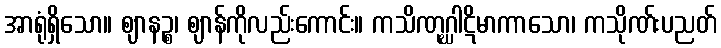
အာရုံရှိသော။ ဈာနဉ္စ၊ ဈာန်ကိုလည်းကောင်း။ ကသိဏုဂ္ဃါဋိမာကာသော၊ ကသိုဏ်းပညတ်